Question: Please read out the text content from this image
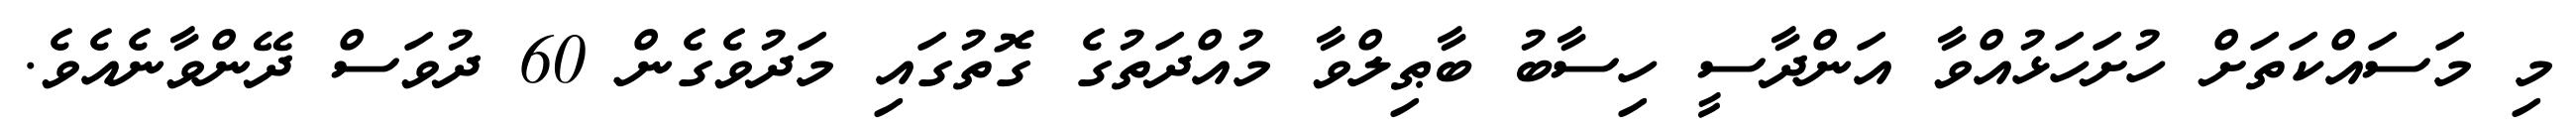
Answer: މި މަސައްކަތަށް ހުށަހަޅުއްވާ އަންދާސީ ހިސާބު ބާޠިލްވާ މުއްދަތުގެ ގޮތުގައި މަދުވެގެން 60 ދުވަސް ދޭންވާނެއެވެ.